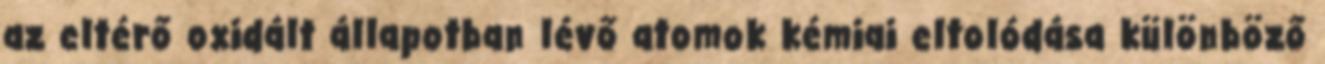
az eltérő oxidált állapotban lévő atomok kémiai eltolódása különböző